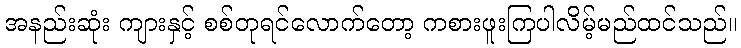
အနည်းဆုံး ကျားနှင့် စစ်တုရင်လောက်တော့ ကစားဖူးကြပါလိမ့်မည်ထင်သည်။